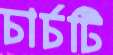
চার্চটি